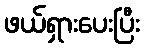
ဖယ်ရှားပေးပြီး